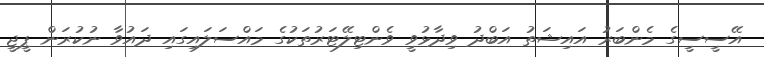
އޭސީސީގެ މެންބަރު އައިޝަތު އަބްދު ވިދާޅުވީ ވެންޓިލޭޓަރުތަކުގެ މައްސަލައިގައި ދައުވާ ނުކުރަން ޕީޖީ